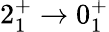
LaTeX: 2_{1}^{+}\rightarrow 0_{1}^{+}